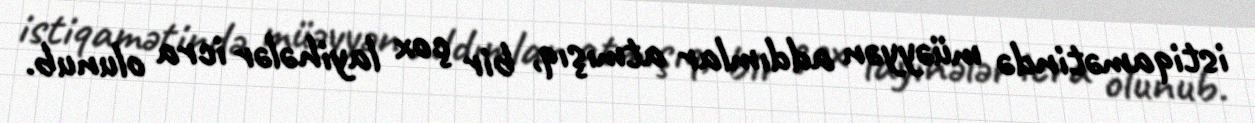
istiqamətində müəyyən addımlar atmışıq, bir çox layihələr icra olunub.